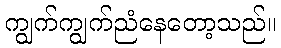
ကျွက်ကျွက်ညံနေတော့သည်။